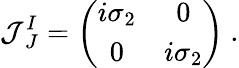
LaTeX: {\cal J}_{~J}^{I}=\left(\begin{array}{cc}{{i\sigma_{2}}}&{{0}}\\ {{0}}&{{i\sigma_{2}}}\end{array}\right)\ .